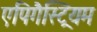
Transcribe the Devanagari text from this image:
एपिगैस्ट्रियम